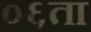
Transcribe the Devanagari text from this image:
०६ता